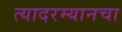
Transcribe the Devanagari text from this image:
त्यादरम्यानचा